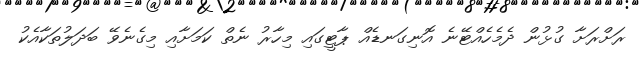
ރަށްރަށާ ގުޅުން ދެމެހެއްޓޭނެ އޮނިގަނޑެއް ޕާޓީގައި މިހާރު ނެތް ކަމަށާއި މިގެނެވޭ ބަދަލުތަކާއެކު